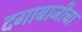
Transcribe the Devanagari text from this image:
दगाबाजीचा